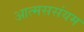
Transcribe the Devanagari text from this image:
आत्मससंयम